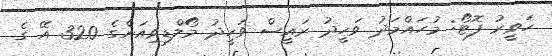
ހަވީރު ފޮޓޯ: މުހައްމަދު ވަހީދު ރައީސް ވަހީދު މޯލްޑިވިއަންގެ 320 އޭ ގެ